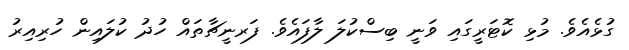
ގުޅެއެވެ. މުޅި ކޮޓަރީގައި ވަނީ ބިސްކުލަ ލާފައެވެ. ފަރނީޗާތައް ހުދު ކުލައިން ހުރިއިރު